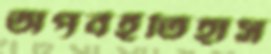
অপূর্বইতিহাস